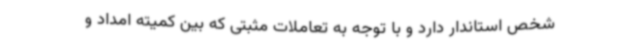
شخص استاندار دارد و با توجه به تعاملات مثبتی که بین کمیته امداد و